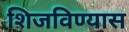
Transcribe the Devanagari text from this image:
शिजविण्यास